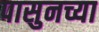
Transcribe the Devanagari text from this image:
पासुनच्या